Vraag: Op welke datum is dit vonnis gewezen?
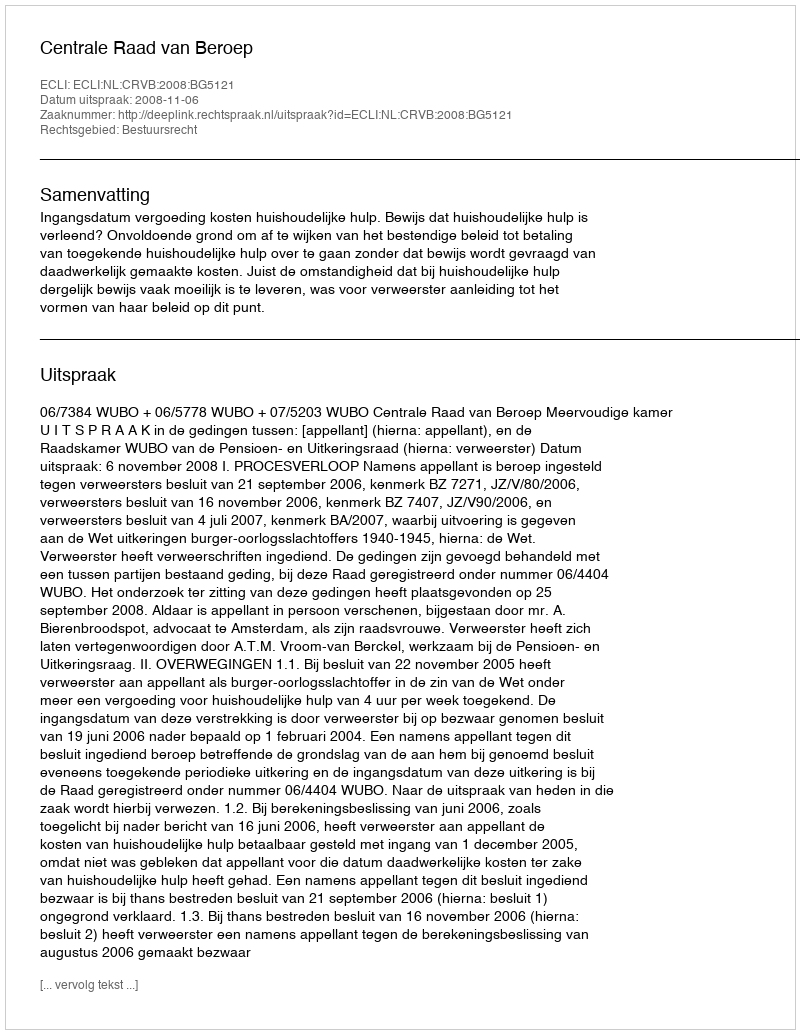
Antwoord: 2008-11-06